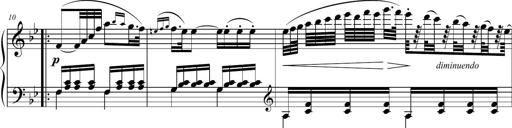
Title: 2 Sonatines faciles et brillantes pour le piano-forte seul
Composer: Carl Czerny